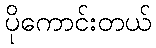
ပိုကောင်းတယ်